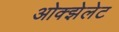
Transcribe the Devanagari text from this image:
ओक्झेलेट